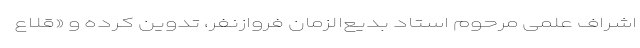
اشراف علمی مرحوم استاد بدیع‌الزمان فروازنفر، تدوین کرده و «قِلاع